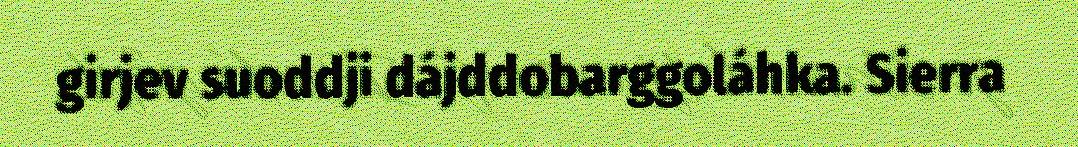
girjev suoddji dájddobarggoláhka. Sierra